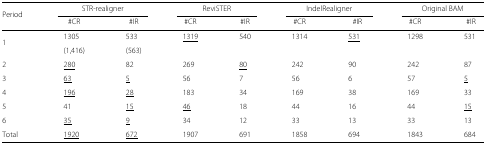
| Period | <COLSPAN=2> STR-realigner | <COLSPAN=2> ReviSTER | <COLSPAN=2> IndelRealigner | <COLSPAN=2> Original BAM |
 |  | #CR | #IR | #CR | #IR | #CR | #IR | #CR | #IR |
 | --- | --- | --- | --- | --- | --- | --- | --- | --- |
 | 1 | 1305 | 533 | <underline>1319</underline> | 540 | 1314 | <underline>531</underline> | 1298 | 531 |
 |  | (1,416) | (563) |  |  |  |  |  |  |
 | 2 | <underline>280</underline> | 82 | 269 | <underline>80</underline> | 242 | 90 | 242 | 87 |
 | 3 | <underline>63</underline> | <underline>5</underline> | 56 | 7 | 56 | 6 | 57 | <underline>5</underline> |
 | 4 | <underline>196</underline> | <underline>28</underline> | 183 | 34 | 169 | 38 | 169 | 33 |
 | 5 | 41 | <underline>15</underline> | <underline>46</underline> | 18 | 44 | 16 | 44 | <underline>15</underline> |
 | 6 | <underline>35</underline> | <underline>9</underline> | 34 | 12 | 33 | 13 | 33 | 13 |
 | Total | <underline>1920</underline> | <underline>672</underline> | 1907 | 691 | 1858 | 694 | 1843 | 684 |